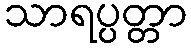
သာရပ္ပတ္တာ